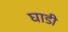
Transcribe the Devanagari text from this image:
घाडी